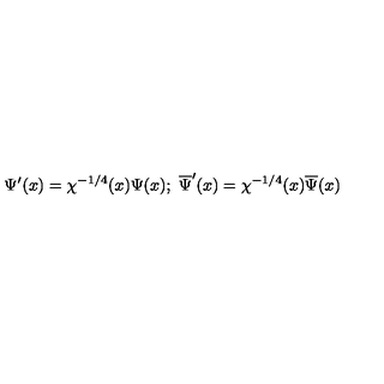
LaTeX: \Psi ^ { \prime } ( x ) = \chi ^ { - 1 / 4 } ( x ) \Psi ( x ) ; \ \overline { { \Psi } } ^ { \prime } ( x ) = \chi ^ { - 1 / 4 } ( x ) \overline { { \Psi } } ( x )